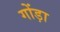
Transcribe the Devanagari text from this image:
गोंड़ा